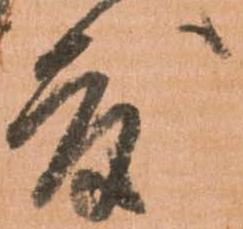
度